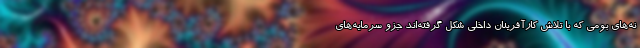
نه‌های بومی که با تلاش کارآفرینان داخلی شکل گرفته‌اند جزو سرمایه‌های